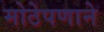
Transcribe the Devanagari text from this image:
मोठेपणाने